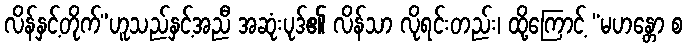
လိန်နှင့်တိုက်”ဟူသည်နှင့်အညီ အဆုံးပုဒ်၏ လိန်သာ လိုရင်းတည်း၊ ထို့ကြောင့် “မဟန္တော စ